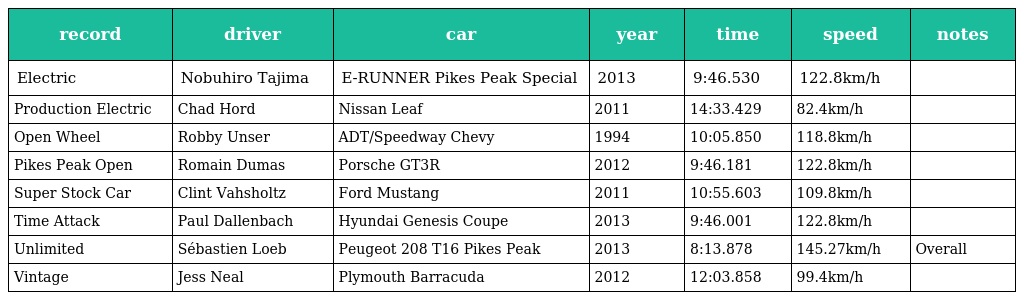
| record | driver | car | year | time | speed | notes |
 | --- | --- | --- | --- | --- | --- | --- |
 | Electric | Nobuhiro Tajima | E-RUNNER Pikes Peak Special | 2013 | 9:46.530 | 122.8km/h |  |
 | Production Electric | Chad Hord | Nissan Leaf | 2011 | 14:33.429 | 82.4km/h |  |
 | Open Wheel | Robby Unser | ADT/Speedway Chevy | 1994 | 10:05.850 | 118.8km/h |  |
 | Pikes Peak Open | Romain Dumas | Porsche GT3R | 2012 | 9:46.181 | 122.8km/h |  |
 | Super Stock Car | Clint Vahsholtz | Ford Mustang | 2011 | 10:55.603 | 109.8km/h |  |
 | Time Attack | Paul Dallenbach | Hyundai Genesis Coupe | 2013 | 9:46.001 | 122.8km/h |  |
 | Unlimited | Sébastien Loeb | Peugeot 208 T16 Pikes Peak | 2013 | 8:13.878 | 145.27km/h | Overall |
 | Vintage | Jess Neal | Plymouth Barracuda | 2012 | 12:03.858 | 99.4km/h |  |